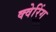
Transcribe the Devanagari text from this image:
क्वेरिंग